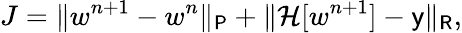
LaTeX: J=\| w^{n+1}-w^{n}\| _{\mathsf{P}}+\| \mathcal{H}[w^{n+1}]-\mathsf{y}\| _{\mathsf{R}},